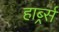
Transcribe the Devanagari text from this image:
हार्ब्र्स